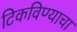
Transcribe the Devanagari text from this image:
टिकविण्याचा